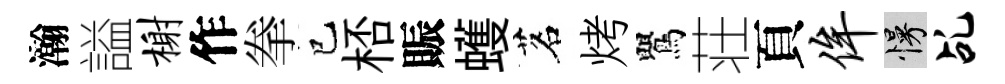
瀚謚榭作拳巳桮賑蠖茗烤鸎荘頁侔慢乩